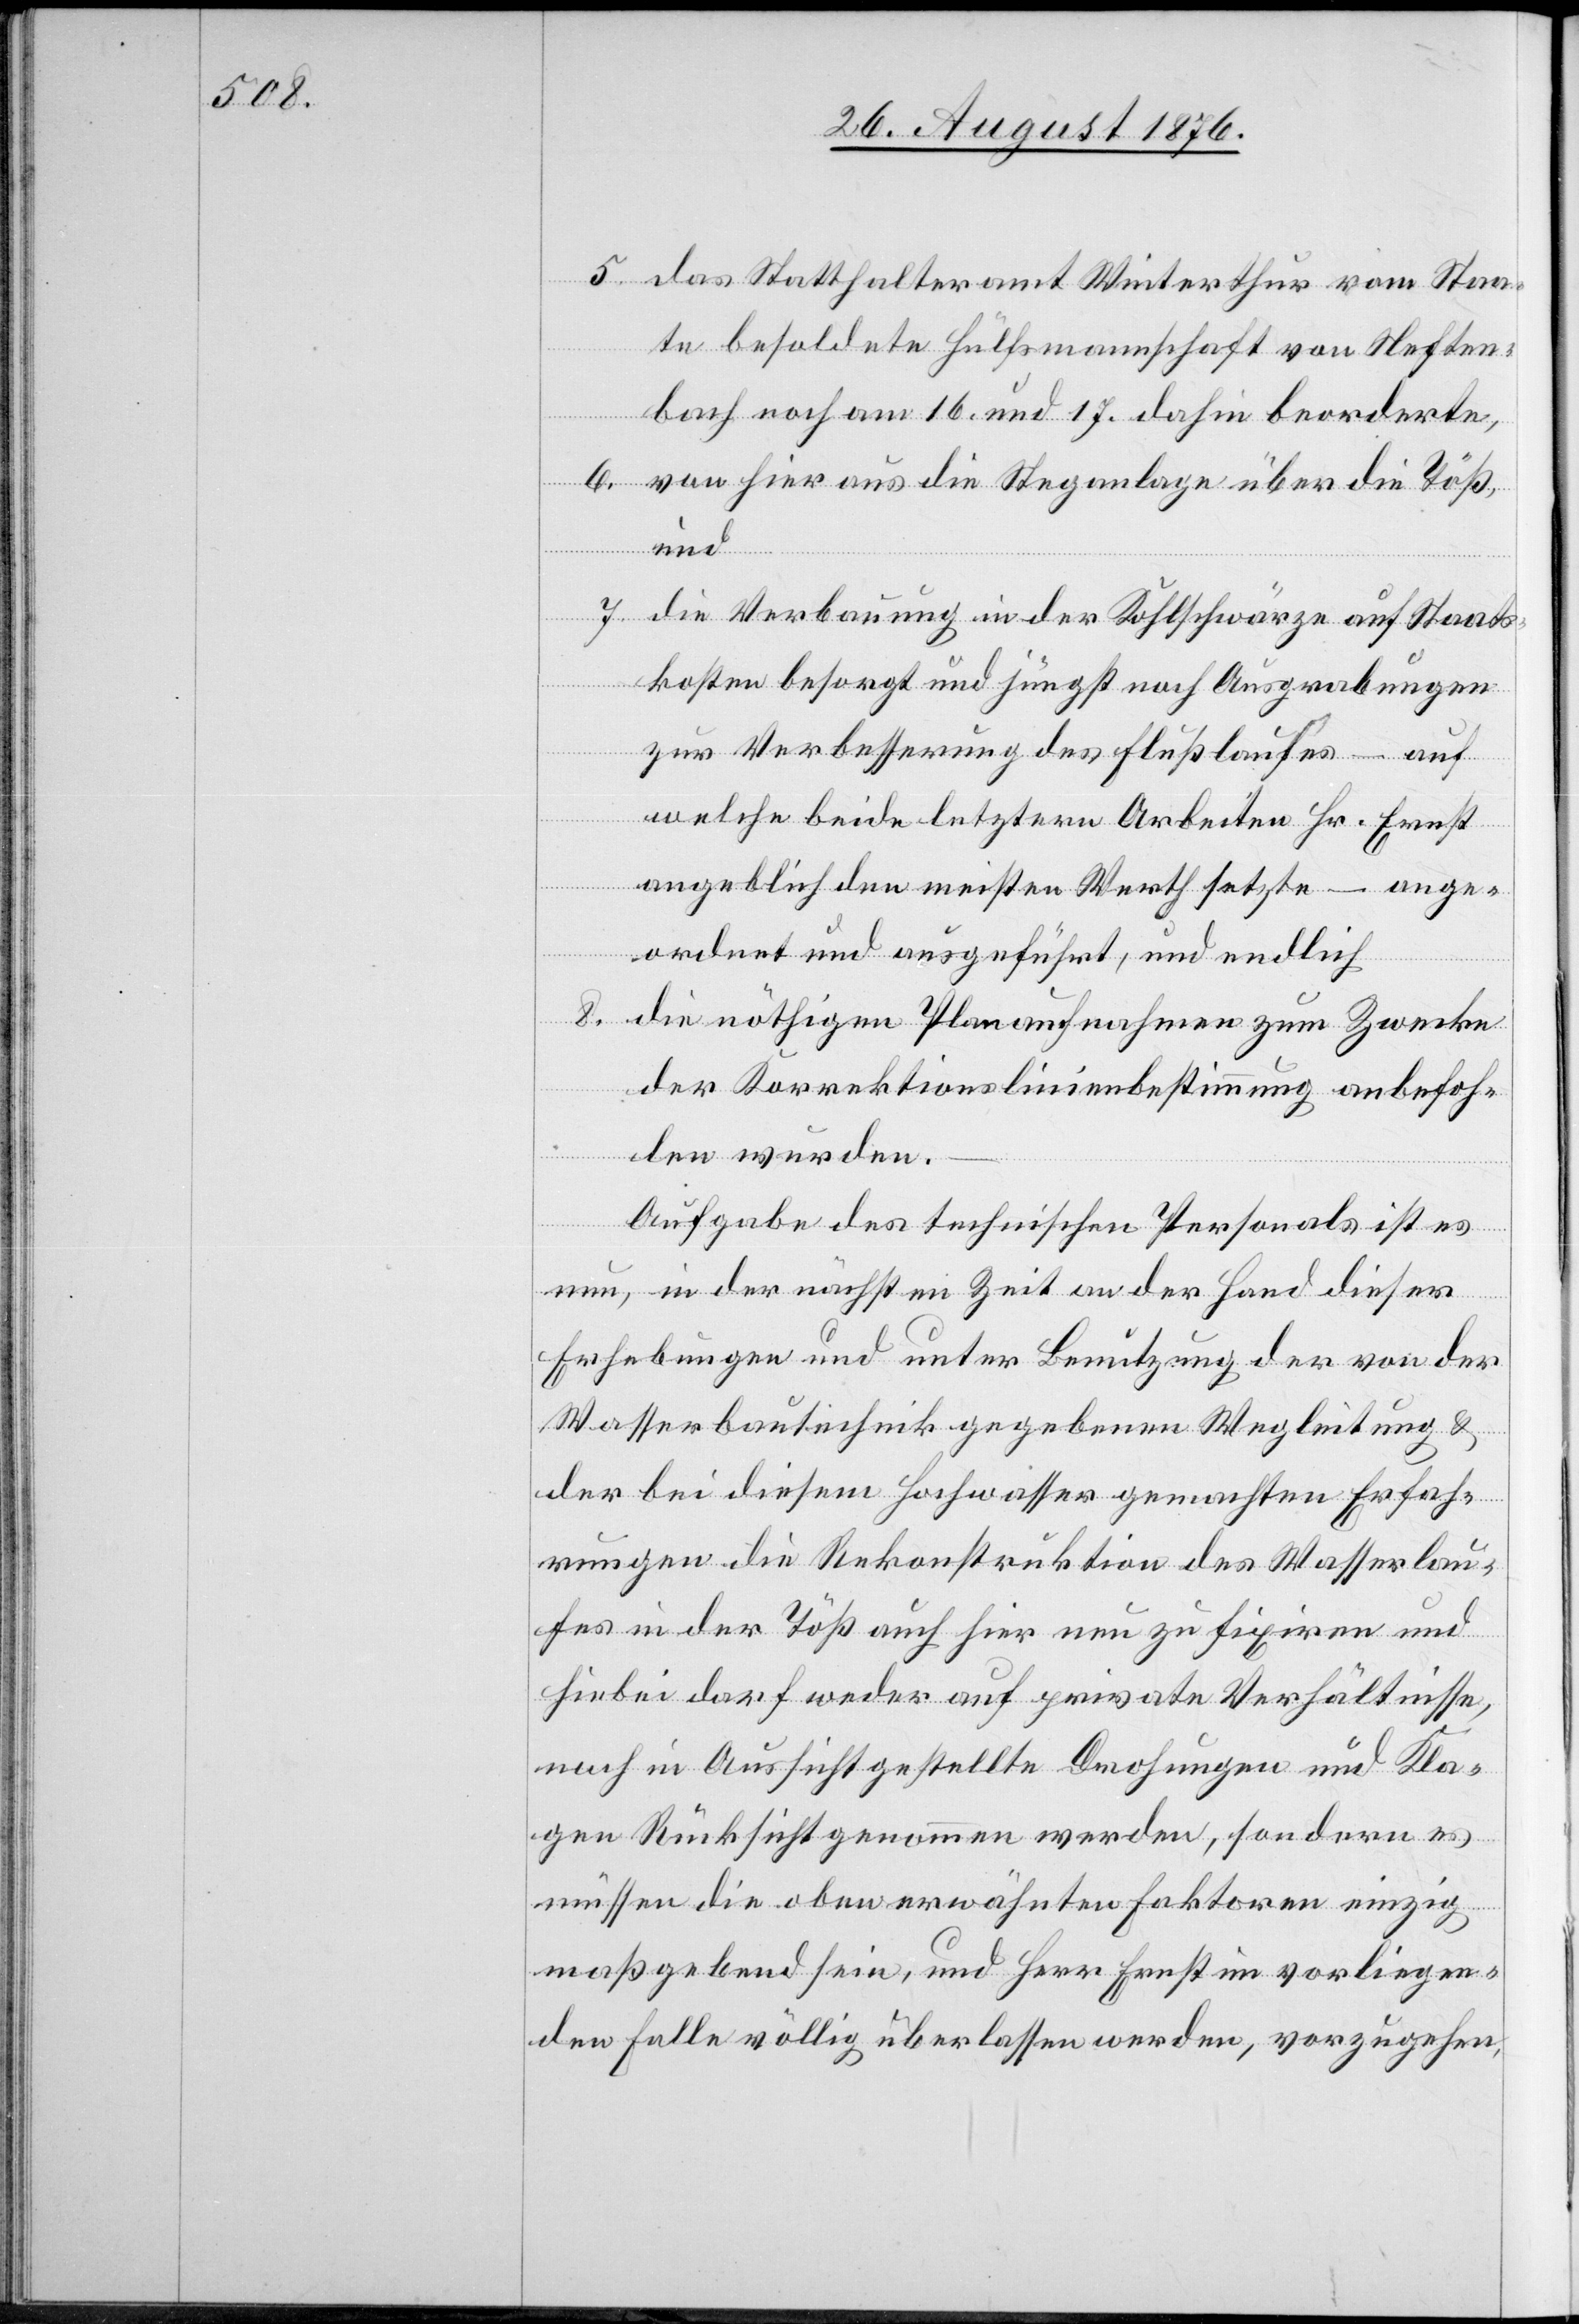
5. das Statthalteramt Winterthur vom Staa¬
te besoldete Hülfsmannschaft von Neften¬
bach noch am 16. und 17. dahin beorderte,
6. von hier aus die Steganlage über die Töß,
und
7. die Verbauung in der Kohlschwärze auf Staats¬
kosten besorgt und jüngst noch Ausgrabungen
zur Verbesserung des Flußlaufes – auf
welche beide letztern Arbeiten Hr. Ernst
angeblich den meisten Werth setzte –ange¬
ordnet und ausgeführt, und endlich
8. die nöthigen Planaufnahmen zum Zwecke
der Korrektionslinienbestimmung anbefoh¬
len wurden.
Aufgabe des technischen Personals ist es
nun, in der nächsten Zeit an der Hand dieser
Erhebungen und unter Benutzung der von der
Wasserbautechnik gegebenen Wegleitungen &
der bei diesem Hochwasser gemachten Erfah¬
rungen die Rekonstruktion des Wasserbau¬
es in der Töß auch hier neu zu fixiren und
hiebei darf weder auf private Verhältnisse,
noch in Aussicht gestellte Drohungen und Kla¬
gen Rücksicht genommen werden, sondern e
müssen die obern erwähnten Faktoren einzig
maßgebend sein, und Herr Ernst im vorliegen¬
den Falle völlig überlassen werden, vorzugehen,